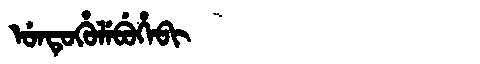
Manchu: ᡠᠨᡨᡠᡥᡠᠯᡝᠪᡠᡥᡝᠪᡳ
Romanization: UNTUHULEBUHEBI